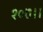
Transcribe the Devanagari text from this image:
१०७।।